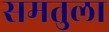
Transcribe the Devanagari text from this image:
समतुला